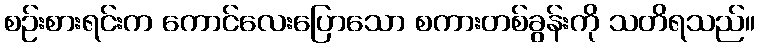
စဉ်းစားရင်းက ကောင်လေးပြောသော စကားတစ်ခွန်းကို သတိရသည်။